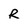
Character: R